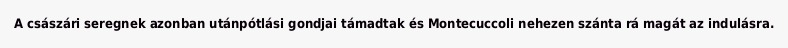
A császári seregnek azonban utánpótlási gondjai támadtak és Montecuccoli nehezen szánta rá magát az indulásra.